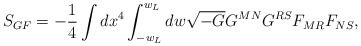
\begin{align*}S_{GF}=-\frac{1}{4}\int dx^4\int_{-w_L}^{w_L}dw\sqrt{-G}G^{MN}G^{RS}F_{MR}F_{NS},\end{align*}